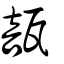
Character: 瓿